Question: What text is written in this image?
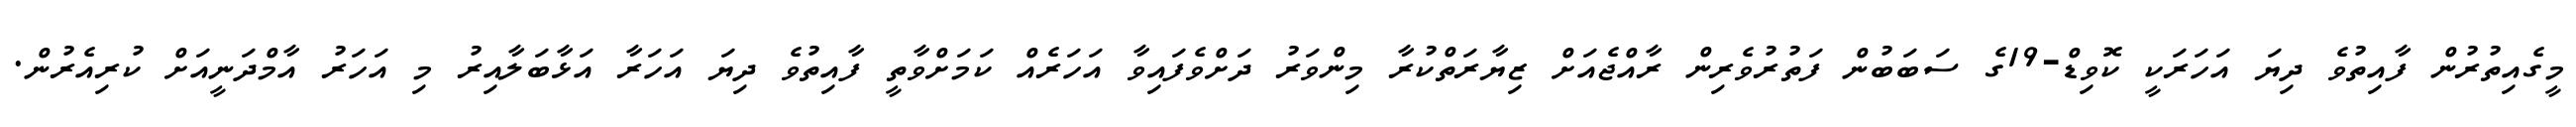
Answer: މީގެއިތުރުން ފާއިތުވެ ދިޔަ އަހަރަކީ ކޮވިޑް-19ގެ ސަބަބުން ފަތުރުވެރިން ރާއްޖެއަށް ޒިޔާރަތްކުރާ މިންވަރު ދަށްވެފައިވާ އަހަރެއް ކަމަށްވާތީ ފާއިތުވެ ދިޔަ އަހަރާ އަޅާބަލާއިރު މި އަހަރު އާމްދަނީއަށް ކުރިއެރުން.